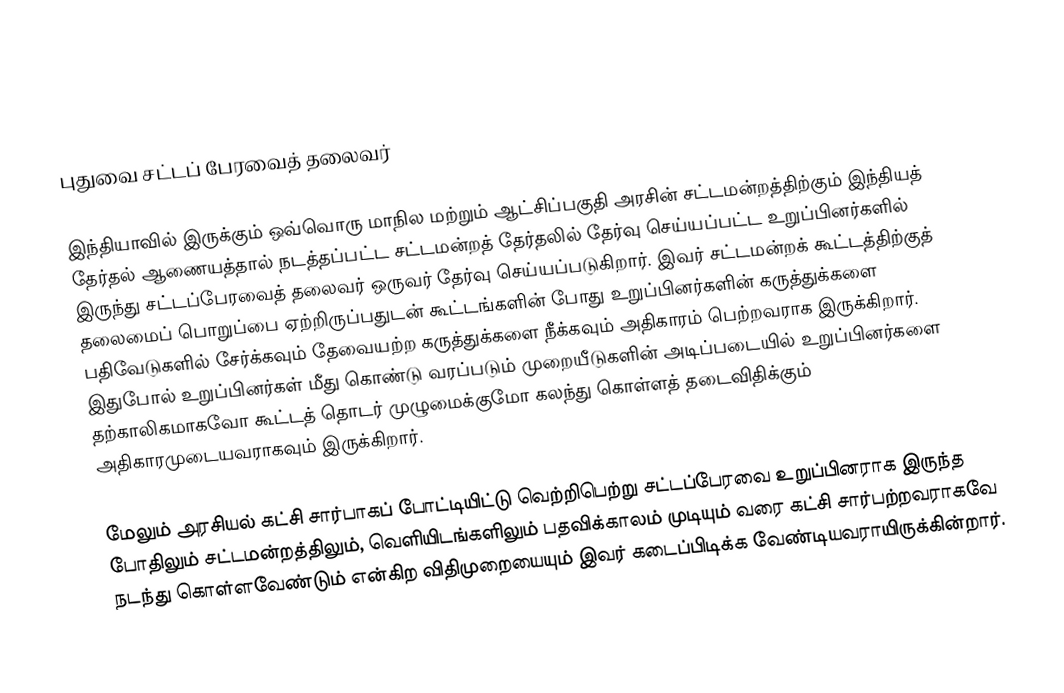
புதுவை சட்டப் பேரவைத் தலைவர்

இந்தியாவில் இருக்கும் ஒவ்வொரு மாநில மற்றும் ஆட்சிப்பகுதி அரசின் சட்டமன்றத்திற்கும் இந்தியத் தேர்தல் ஆணையத்தால் நடத்தப்பட்ட சட்டமன்றத் தேர்தலில் தேர்வு செய்யப்பட்ட உறுப்பினர்களில் இருந்து சட்டப்பேரவைத் தலைவர் ஒருவர் தேர்வு செய்யப்படுகிறார். இவர் சட்டமன்றக் கூட்டத்திற்குத் தலைமைப் பொறுப்பை ஏற்றிருப்பதுடன் கூட்டங்களின் போது உறுப்பினர்களின் கருத்துக்களை பதிவேடுகளில் சேர்க்கவும் தேவையற்ற கருத்துக்களை நீக்கவும் அதிகாரம் பெற்றவராக இருக்கிறார். இதுபோல் உறுப்பினர்கள் மீது கொண்டு வரப்படும் முறையீடுகளின் அடிப்படையில் உறுப்பினர்களை தற்காலிகமாகவோ கூட்டத் தொடர் முழுமைக்குமோ கலந்து கொள்ளத் தடைவிதிக்கும் அதிகாரமுடையவராகவும் இருக்கிறார்.

மேலும் அரசியல் கட்சி சார்பாகப் போட்டியிட்டு வெற்றிபெற்று சட்டப்பேரவை உறுப்பினராக இருந்த போதிலும் சட்டமன்றத்திலும், வெளியிடங்களிலும் பதவிக்காலம் முடியும் வரை கட்சி சார்பற்றவராகவே நடந்து கொள்ளவேண்டும் என்கிற விதிமுறையையும் இவர் கடைப்பிடிக்க வேண்டியவராயிருக்கின்றார்.